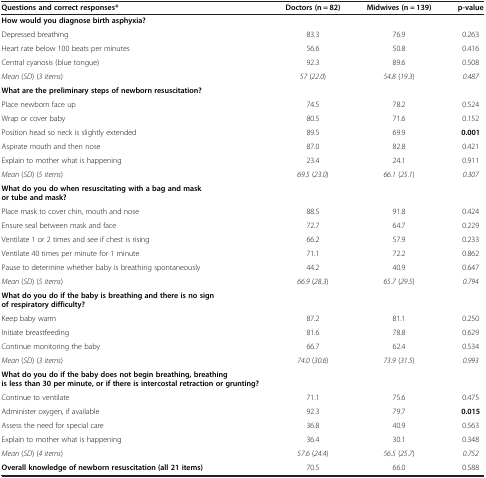
<table><thead><tr><td><b>Questions and correct responses*</b></td><td><b>Doctors (n = 82)</b></td><td><b>Midwives (n = 139)</b></td><td><b>p-value</b></td></tr></thead><tbody><tr><td><b>How would you diagnose birth asphyxia?</b></td><td> </td><td> </td><td> </td></tr><tr><td>Depressed breathing</td><td>83.3</td><td>76.9</td><td>0.263</td></tr><tr><td>Heart rate below 100 beats per minutes</td><td>56.6</td><td>50.8</td><td>0.416</td></tr><tr><td>Central cyanosis (blue tongue)</td><td>92.3</td><td>89.6</td><td>0.508</td></tr><tr><td><i>Mean</i> (<i>SD</i>) (<i>3 items</i>)</td><td><i>57</i> (<i>22</i>.<i>0</i>)</td><td><i>54</i>.<i>8</i> (<i>19</i>.<i>3</i>)</td><td><i>0</i>.<i>487</i></td></tr><tr><td><b>What are the preliminary steps of newborn resuscitation?</b></td><td> </td><td> </td><td> </td></tr><tr><td>Place newborn face up</td><td>74.5</td><td>78.2</td><td>0.524</td></tr><tr><td>Wrap or cover baby</td><td>80.5</td><td>71.6</td><td>0.152</td></tr><tr><td>Position head so neck is slightly extended</td><td>89.5</td><td>69.9</td><td><b>0.001</b></td></tr><tr><td>Aspirate mouth and then nose</td><td>87.0</td><td>82.8</td><td>0.421</td></tr><tr><td>Explain to mother what is happening</td><td>23.4</td><td>24.1</td><td>0.911</td></tr><tr><td><i>Mean</i> (<i>SD</i>) (<i>5 items</i>)</td><td><i>69</i>.<i>5</i> (<i>23</i>.<i>0</i>)</td><td><i>66</i>.<i>1</i> (<i>25</i>.<i>1</i>)</td><td><i>0</i>.<i>307</i></td></tr><tr><td><b>What do you do when resuscitating with a bag and mask or tube and mask?</b></td><td> </td><td> </td><td> </td></tr><tr><td>Place mask to cover chin, mouth and nose</td><td>88.5</td><td>91.8</td><td>0.424</td></tr><tr><td>Ensure seal between mask and face</td><td>72.7</td><td>64.7</td><td>0.229</td></tr><tr><td>Ventilate 1 or 2 times and see if chest is rising</td><td>66.2</td><td>57.9</td><td>0.233</td></tr><tr><td>Ventilate 40 times per minute for 1 minute</td><td>71.1</td><td>72.2</td><td>0.862</td></tr><tr><td>Pause to determine whether baby is breathing spontaneously</td><td>44.2</td><td>40.9</td><td>0.647</td></tr><tr><td><i>Mean</i> (<i>SD</i>) (<i>5 items</i>)</td><td><i>66</i>.<i>9</i> (<i>28</i>.<i>3</i>)</td><td><i>65</i>.<i>7</i> (<i>29</i>.<i>5</i>)</td><td><i>0</i>.<i>794</i></td></tr><tr><td><b>What do you do if the baby is breathing and there is no sign of respiratory difficulty?</b></td><td> </td><td> </td><td> </td></tr><tr><td>Keep baby warm</td><td>87.2</td><td>81.1</td><td>0.250</td></tr><tr><td>Initiate breastfeeding</td><td>81.6</td><td>78.8</td><td>0.629</td></tr><tr><td>Continue monitoring the baby</td><td>66.7</td><td>62.4</td><td>0.534</td></tr><tr><td><i>Mean</i> (<i>SD</i>) (<i>3 items</i>)</td><td><i>74</i>.<i>0</i> (<i>30</i>.<i>6</i>)</td><td><i>73</i>.<i>9</i> (<i>31</i>.<i>5</i>)</td><td><i>0</i>.<i>993</i></td></tr><tr><td><b>What do you do if the baby does not begin breathing, breathing is less than 30 per minute, or if there is intercostal retraction or grunting?</b></td><td> </td><td> </td><td> </td></tr><tr><td>Continue to ventilate</td><td>71.1</td><td>75.6</td><td>0.475</td></tr><tr><td>Administer oxygen, if available</td><td>92.3</td><td>79.7</td><td><b>0.015</b></td></tr><tr><td>Assess the need for special care</td><td>36.8</td><td>40.9</td><td>0.563</td></tr><tr><td>Explain to mother what is happening</td><td>36.4</td><td>30.1</td><td>0.348</td></tr><tr><td><i>Mean</i> (<i>SD</i>) (<i>4 items</i>)</td><td><i>57</i>.<i>6</i> (<i>24</i>.<i>4</i>)</td><td><i>56</i>.<i>5</i> (<i>25</i>.<i>7</i>)</td><td><i>0</i>.<i>752</i></td></tr><tr><td><b>Overall knowledge of newborn resuscitation (all 21 items)</b></td><td>70.5</td><td>66.0</td><td>0.588</td></tr></tbody></table>